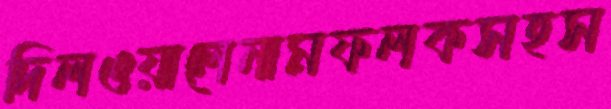
দিলওয়ালেনামফলকসহস